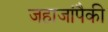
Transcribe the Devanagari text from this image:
जहाजांपैकी